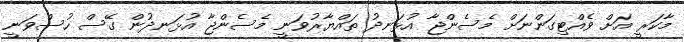
މާކަރީ އަށް ވެއްޓިގަންނަށް މެސެންޖާ އުޅަނދު ތައްޔާރުވަނީ މެސެންޖާ އުޅަނދުން ގޭސް ހުސްވަނީ